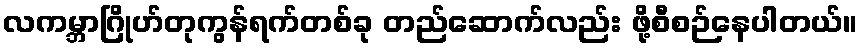
လကမ္ဘာဂြိုဟ်တုကွန်ရက်တစ်ခု တည်ဆောက်လည်း ဖို့စီစဉ်နေပါတယ်။